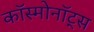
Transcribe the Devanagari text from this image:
काॅस्मोनाॅट्स